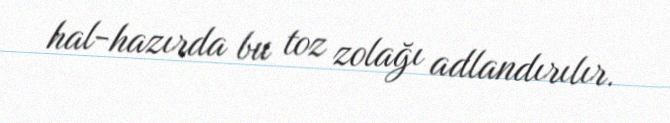
hal-hazırda bu toz zolağı adlandırılır.